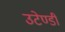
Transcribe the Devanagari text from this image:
उटेण्डी